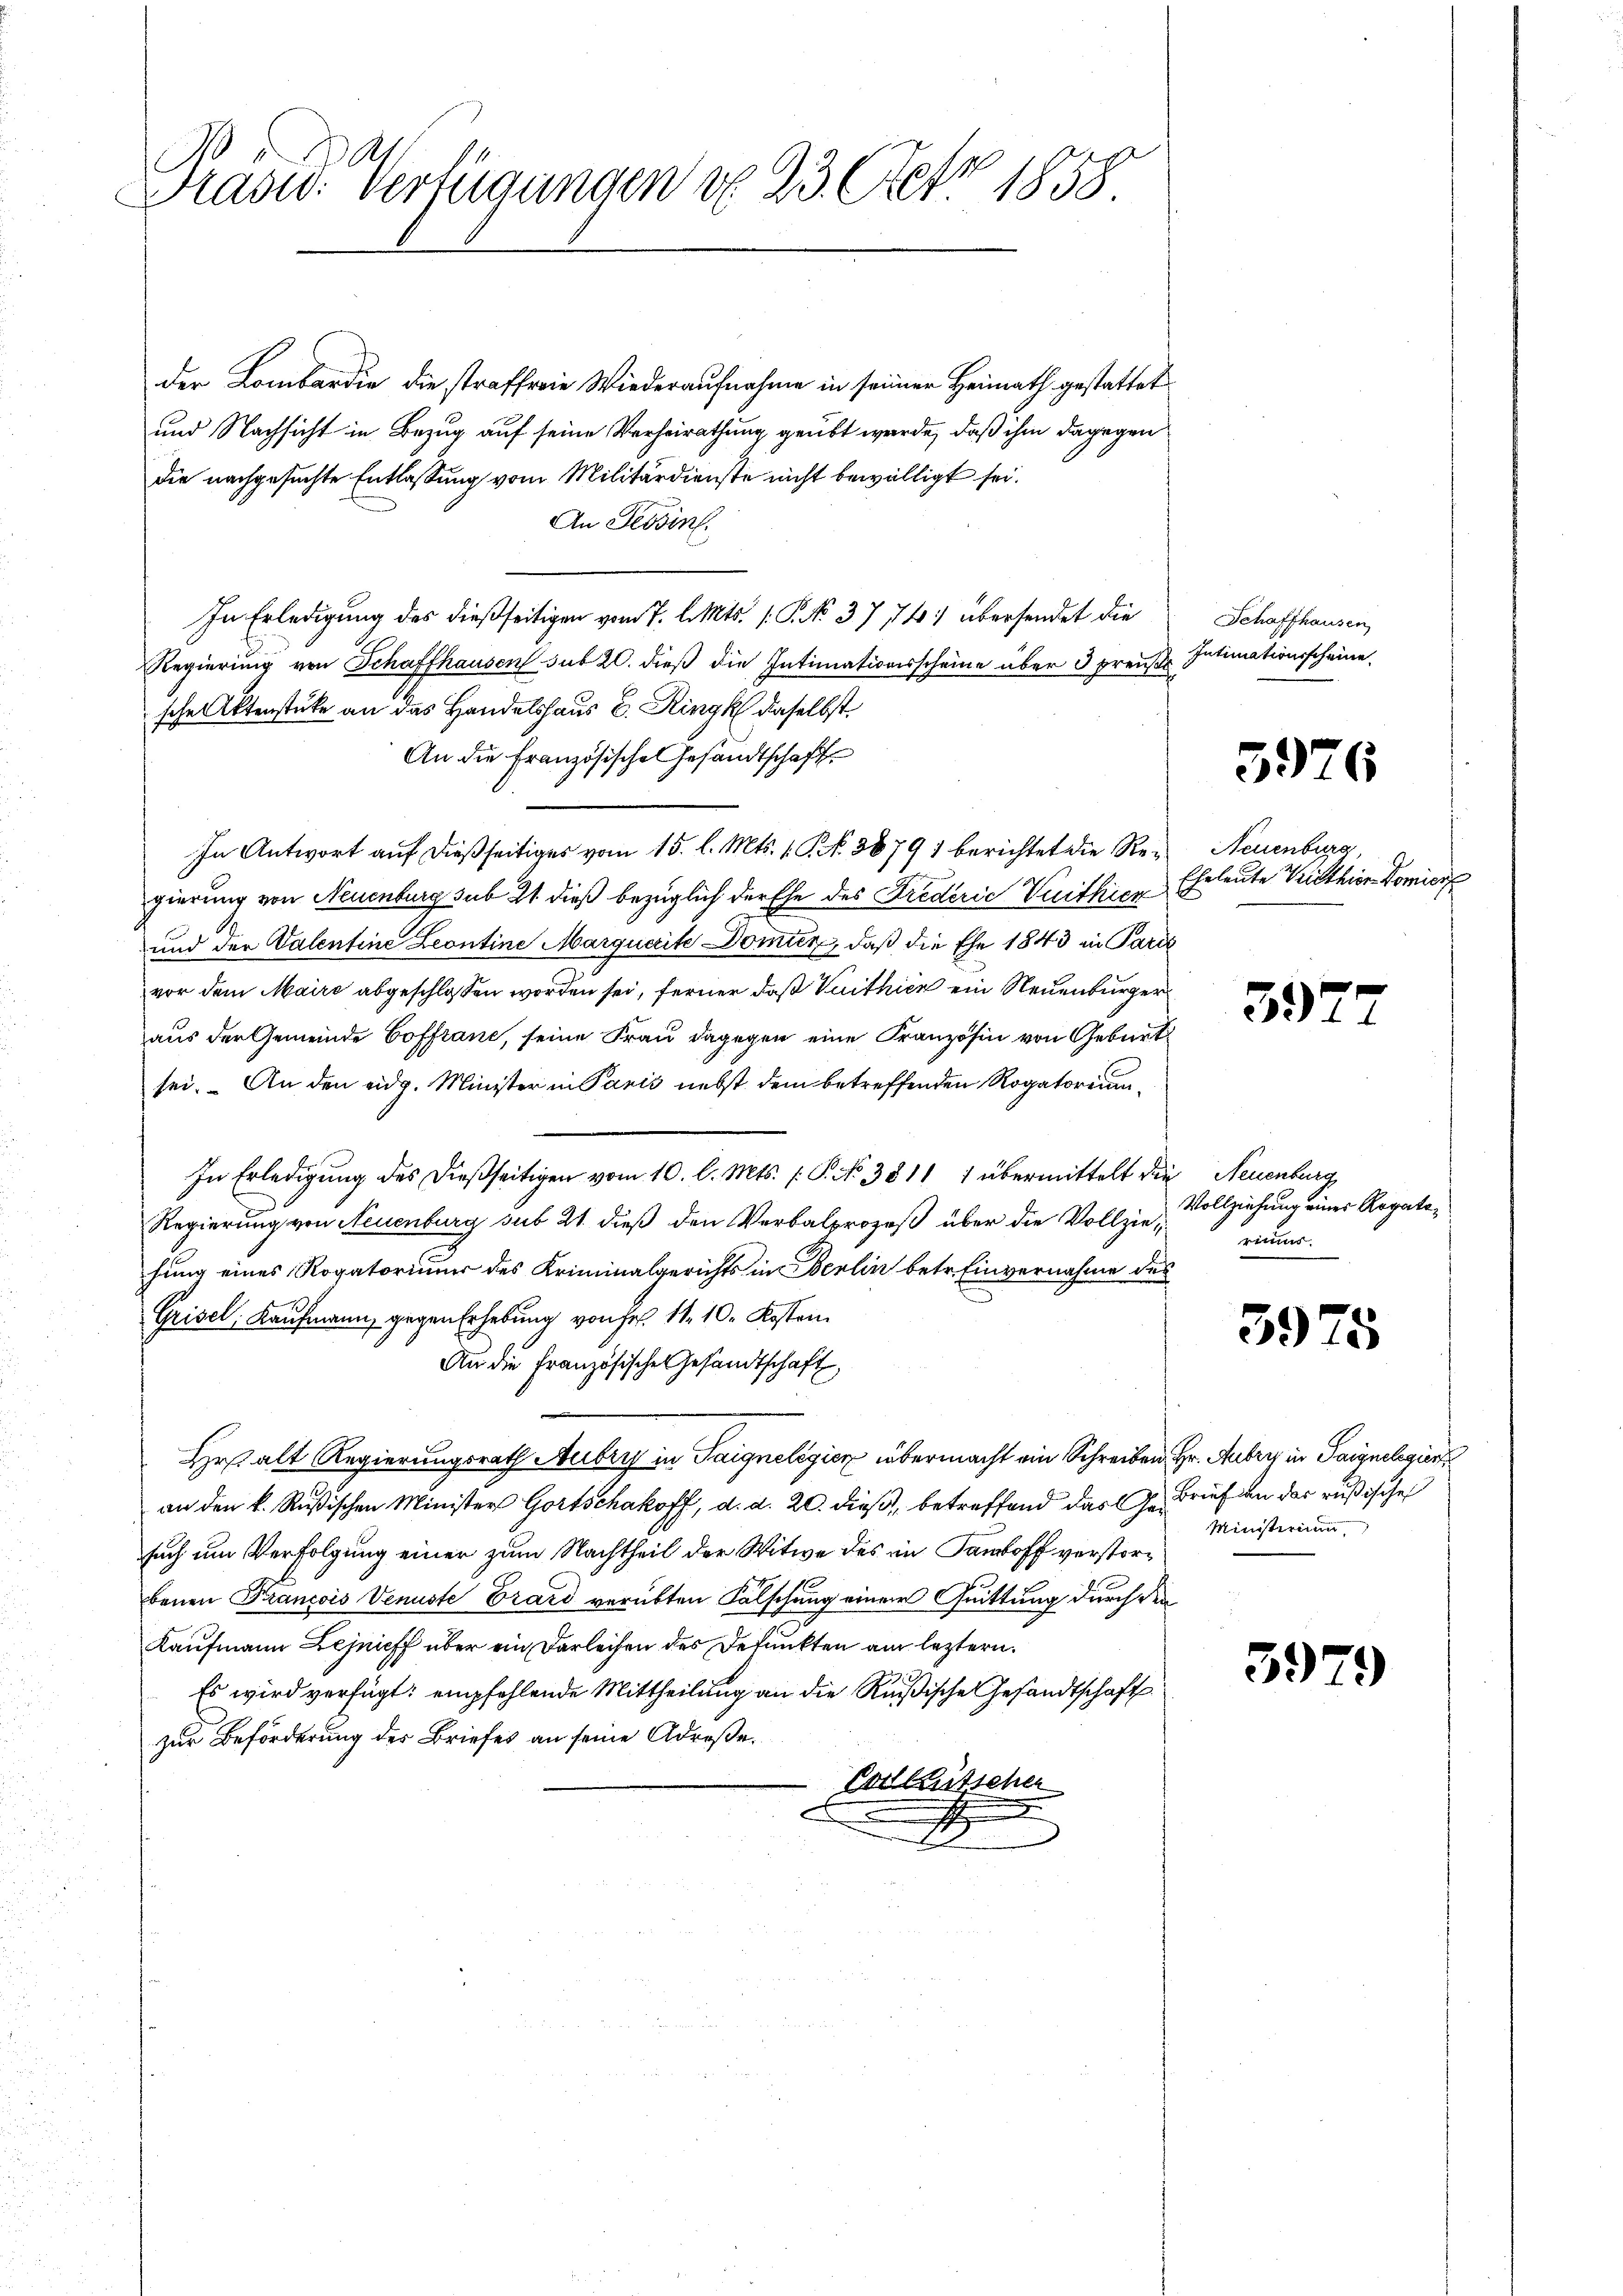
Präsid. Verfügungen d. 23. Fett 1858

der Lombardie die straffreie Wiederaufnahme in seiner Heimath gestattet
und Nachsicht in Bezug auf seine Verheirathung geübt wurde, daß ihm dagegen
die nachgesuchte Entlassung vom Militärdienste nicht bewilligt sei.
An Tessin.
In Erledigung des dießseitigen vom 7. d. Mts. 1. P. No 37 741 übersendet die
Regierung von Schaffhausen sub 20. dieß die Intimationsscheine über 3 preuße
sche Aktenstücke an das Handelshaus E. Ringk daselbst.
An die Französisches Gesandtschaft
In Antwort auf dießseitiges vom 15. l. Mts. 1. P. Nr. 38791 berichtet die Regierung von Neuenburg sub 21 dieß bezüglich der Ehe des Frederie Vuithier
und der Valentine Leontine Marquarite Domin, daß die Ehe 1843 in Paris
vor dem Maire abgeschlossen worden sei, ferner daß Vuithien ein Neuenburger
aus der Gemeinde Coffranc, seine Frau dagegen eine Französin von Geburt
sei. – An den eidg. Minister in Paris nebst dem betreffenden Rogatorican¬
In Erledigung des dießseitigen vom 10. l. Mts. f. P. No 3811 1 übermittelt die Neuenburg
Regierung von Neuenburg sub 21. dieß den Verbalprozeß über die Vollziehung eines Rogatoriuum des Kriminalgerichts in Berlin betr. Einvernahme des
Grisel, Kaufmann, gegen Erhebung von Fr. 11. 10. Kosten
An die Französische Gesandtschaft,
Hr alt Regierungsrath Aubry in Saigneligien übermacht ein Schreiben Hr. Aubry in Parynchgier
an den k. Rußischen Minister Gortschakoff, d. d. 20. dieß, betreffend das Ges. Brief an der rußische
such um Verfolgung einer zum Nachtheil der Witwe des in Samboff verstorbenen Francois Venuste Erard verübten Falschung einer Quittung durch den
Kaufmann Lejnieff über ein Darleihen des Depunkten am leztern.
Es wird verfügt: empfehlende Mittheilung an die Rußische Gesandtschaft
zur Beförderung des Briefes an seine Adrese¬
Poiltütschen
.
t

Schaffhausen
Intimationsscheine

5976

Neuenburg,
Eheleute Wirthier Domicil

3977

Vollziehung einer Rogatorimmer.

3975

Ministerium

3979